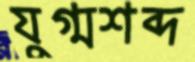
যুগ্মশব্দ